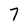
Character: 7